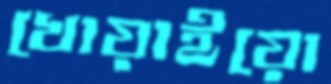
খোয়াইয়ো